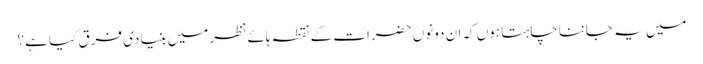
میں یہ جاننا چاہتا ہوں کہ ان دونوں حضرات کے نقطہ ہائے نظر میں بنیادی فرق کیا ہے؟